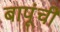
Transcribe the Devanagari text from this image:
बापूंची